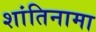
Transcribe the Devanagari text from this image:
शांतिनामा